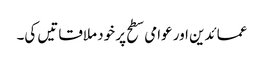
عمائدین اور عوامی سطح پر خود ملاقاتیں کی۔